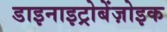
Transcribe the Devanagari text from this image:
डाइनाइट्रोबेंज़ोइक